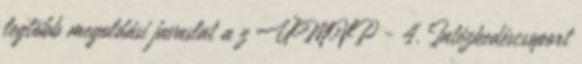
legtöbb megoldási javaslat a z ÚMVP - 4. Intézkedéscsoport